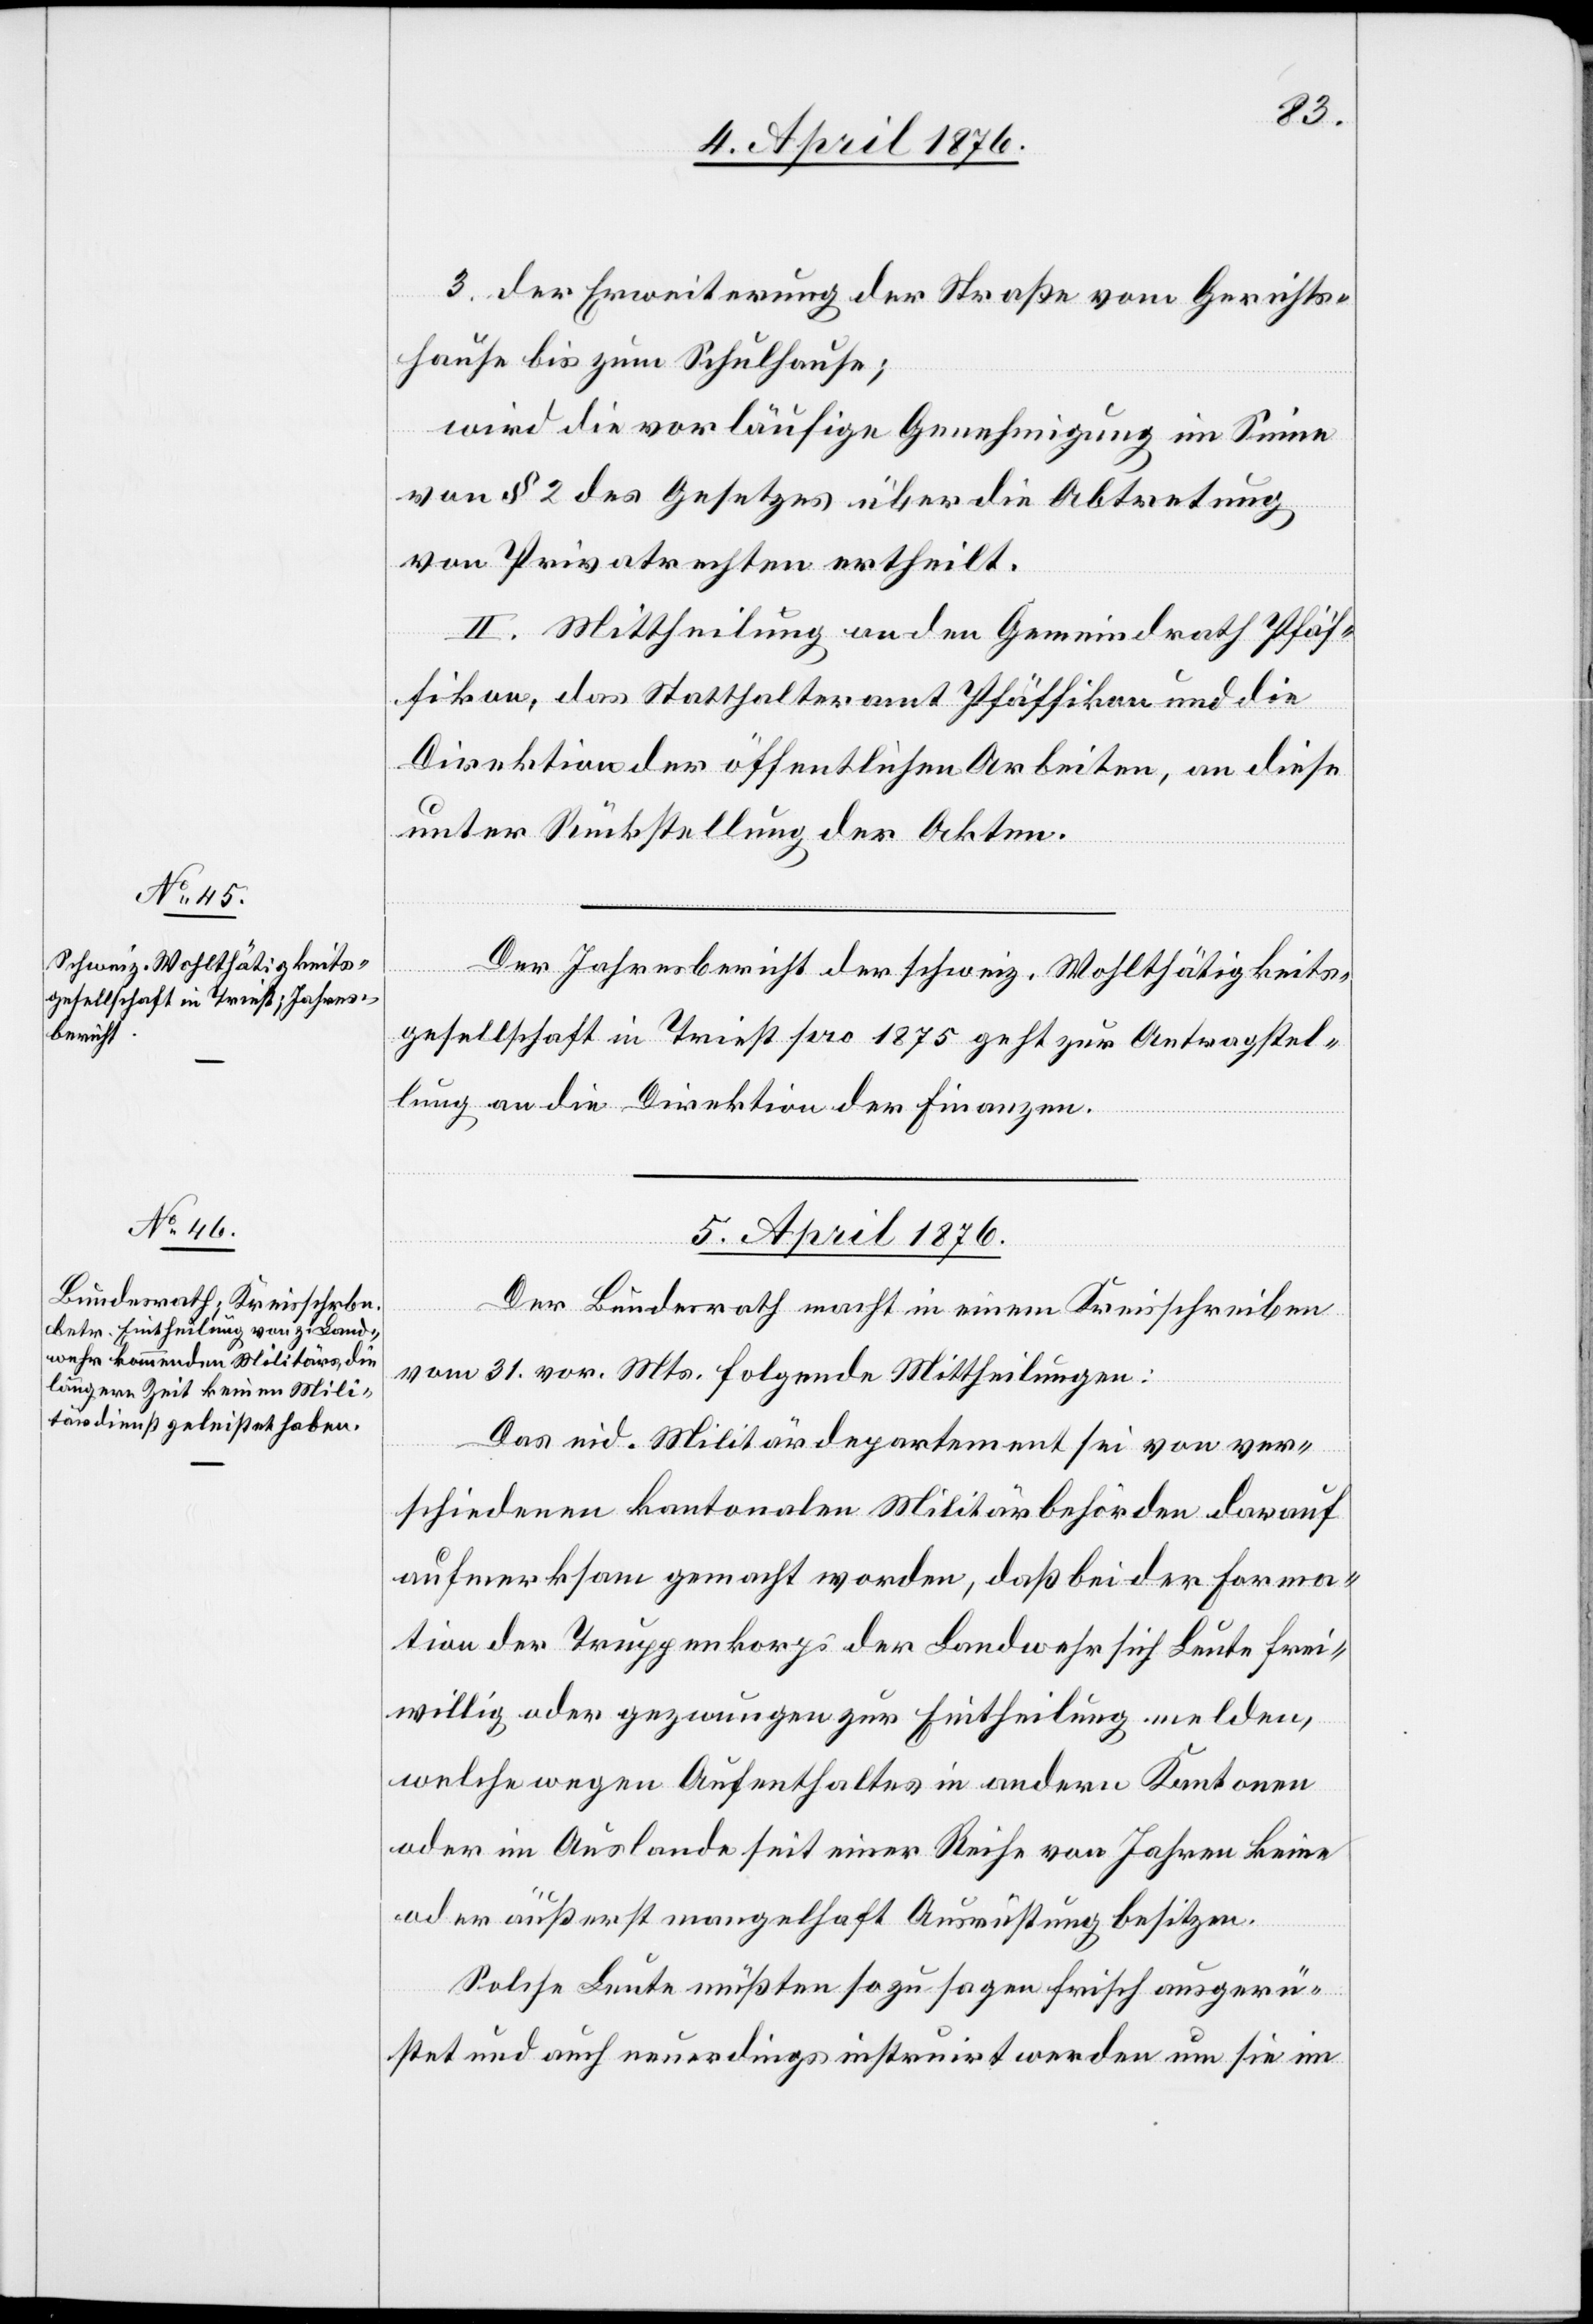
4. April 1876.]
3. der Erweiterung der Straße vom Gerichts¬
hause bis zum Schulhase;
wird die vorläufige Genehmigung im Sinne
von § 2 des Gesetzes über die Abtretung
von Privatrechten ertheilt.
II. Mittheilung an den Gemeindrath Pfäf¬
fikon, das Statthalteramt Pfäffikon und die
Direktion der öffentlichen Arbeiten, an diese
unter Rückstellung der Akten.
Der Jahresbericht der schweiz. Wohlthätigkeits¬
gesellschaft in Triest pro 1875 geht zur Antragstel¬
lung an die Direktion der Finanzen.
5. April 1876.
Der Bundesrath macht in einem Kreisschreiben
vom 31. vor. Mts. folgende Mittheilungen:
Das eid. Militärdepartement sei von ver¬
schiedenen kantonalen Militärbehörden darauf
aufmerksam gemacht worden, daß bei der Forma¬
tion der Truppenkorps der Landwehr sich Leute frei¬
willig oder gezwungen zur Eintheilung melden,
welche wegen Aufenthaltes in andern Kantonen
oder im Ausland seit einer Reihe von Jahren keine
oder äußerst mangelhaft Ausrüstung besitzen.
Solche Leute müßten so zu sagen frisch ausgerü¬
stet und auch neuerdings instruirt werden um sie im